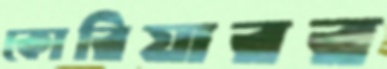
কোরিয়ারর